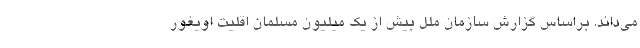
می‌داند. براساس گزارش سازمان ملل بیش از یک میلیون مسلمان اقلیت اویغور